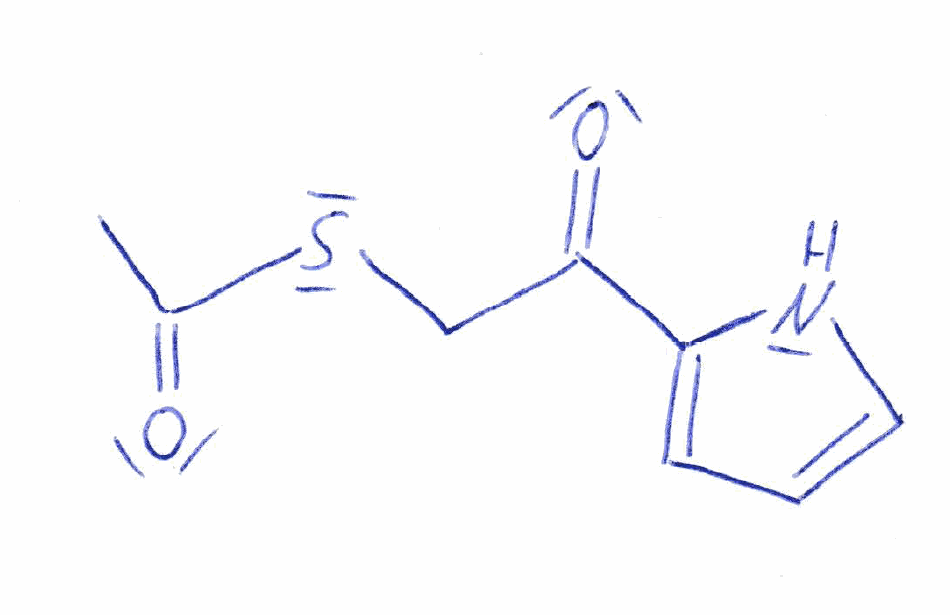
Simplified molecular-input line-entry system (SMILES) notation of the given molecule:
CC(=O)SCC(=O)C1=CC=CN1